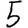
Digit: 5